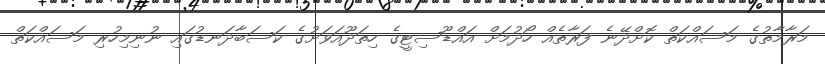
މަރާމާތުގެ މަސައްކަތް ކޮށްދޭނެ ފަރާތެއް ހޯދުމަށް އައްޑޫސިޓީގެ ހިތަދޫއަވަށުގެ ކަސަބާދަނޑުގައި ނުނިމިހުރި މަސައްކަތް